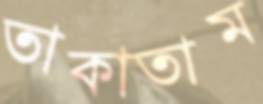
তাকাতাম